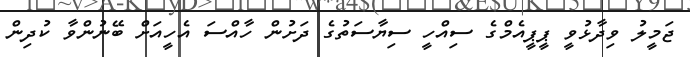
ޖަމީލު ވިދާޅުވީ ޕީޕީއެމްގެ ސިއްހީ ސިޔާސަތުގެ ދަށުން ހާއްސަ އެހީއަށް ބޭނުންވާ ކުދިން